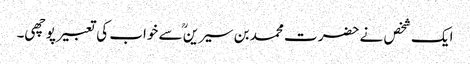
ایک شخص نے حضرت محمد بن سیرینؒ سے خواب کی تعبیر پوچھی۔